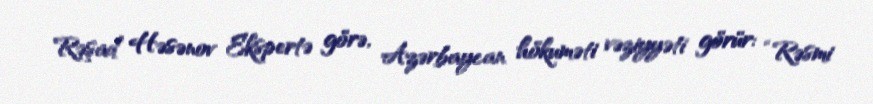
Rəşad Həsənov Ekspertə görə, Azərbaycan hökuməti vəziyyəti görür: “Rəsmi